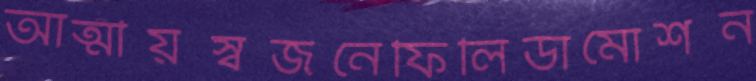
আত্মীয়স্বজনেফিলিডামোশন